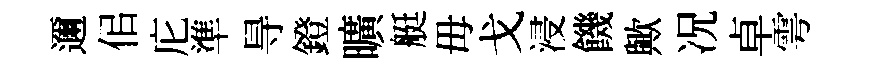
邇佀庀準㝵鐙曠艇毋戈浸饑歟况卓雩